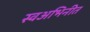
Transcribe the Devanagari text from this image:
स्वअभिनीत